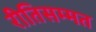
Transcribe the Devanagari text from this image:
रीतिसम्मत